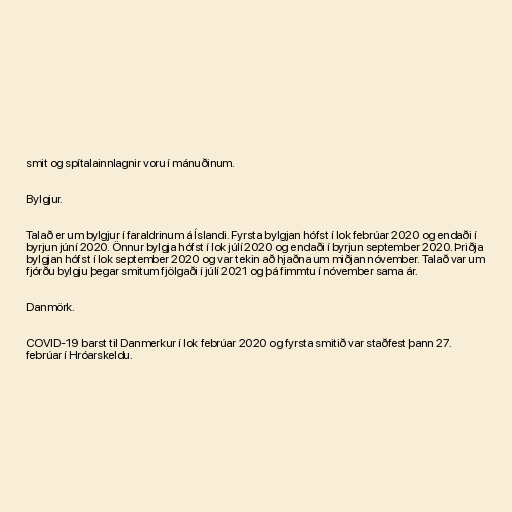
smit og spítalainnlagnir voru í mánuðinum.

Bylgjur.

Talað er um bylgjur í faraldrinum á Íslandi. Fyrsta bylgjan hófst í lok febrúar 2020 og endaði í
byrjun júní 2020. Önnur bylgja hófst í lok júlí 2020 og endaði í byrjun september 2020. Þriðja
bylgjan hófst í lok september 2020 og var tekin að hjaðna um miðjan nóvember. Talað var um
fjórðu bylgju þegar smitum fjölgaði í júlí 2021 og þá fimmtu í nóvember sama ár.

Danmörk.

COVID-19 barst til Danmerkur í lok febrúar 2020 og fyrsta smitið var staðfest þann 27.
febrúar í Hróarskeldu.